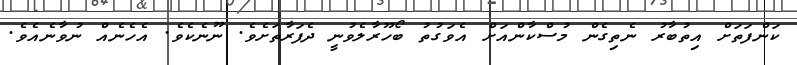
ކަންފަތަށް އިތުބާރު ނެތިގެން މުސްކާންއަށް އެވަގުތު ބޯހޫރާލެވުނީ ދެފަރާތަށެވެ. ނޫނެކެވެ. އެހެނެއް ނުވާނެއެވެ.